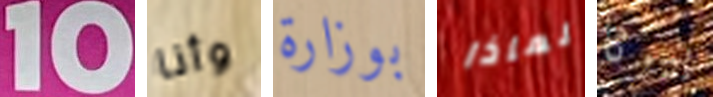
10 وأنا بوزارة لماذا بيرثا